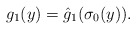
\begin{align*} g_1(y) = \hat g_1 (\sigma_0 (y)).\end{align*}